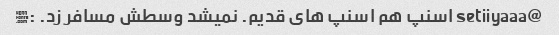
@setiiyaaa اسنپ هم اسنپ های قدیم. نمیشد وسطش مسافر زد. :》